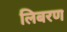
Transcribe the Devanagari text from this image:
लिबरण